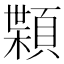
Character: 𩔑